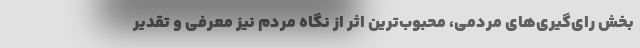
بخش رای‌گیری‌های مردمی، محبوب‌ترین اثر از نگاه مردم نیز معرفی و تقدیر